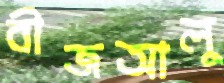
বীজআলু